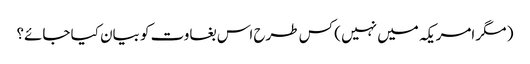
( مگر امریکہ میں نہیں ) کس طرح اس بغاوت کو بیان کیا جائے؟